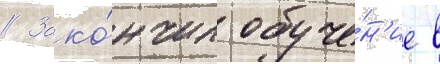
// Зако́нчил обуче́н'ие в